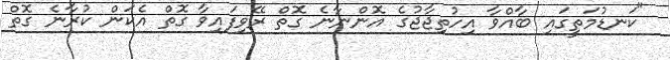
"ކަނޑުމަތީގައި ބާއްވާ އިހުތިޖާޖުގެ އޮންނާނެ ގޮތް ރޭވިފައިވާ ގޮތް އެކަން ކުރާނެ ގޮތް